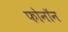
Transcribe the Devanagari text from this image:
फोनॉन